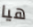
هيا